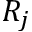
R _ { j }